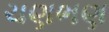
ચણભણ